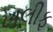
ખલીફ